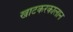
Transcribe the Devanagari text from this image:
खाटकरकालान